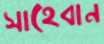
সাহেবান